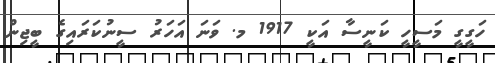
ހަގީގީ މަސީހީ ކަނީސާ އަކީ 1917 މ. ވަނަ އަހަރު ސީނުކަރައިގެ ބީޖިން